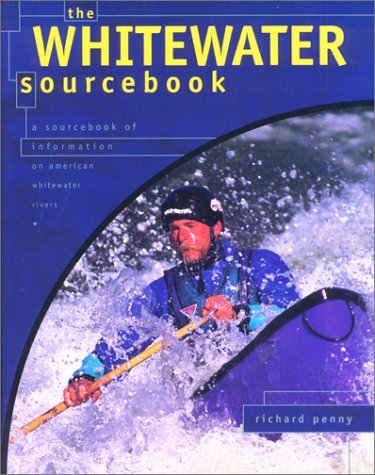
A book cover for The Whitewater Sourcebook 3rd Edition; Richard Penny; Sports & Outdoors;